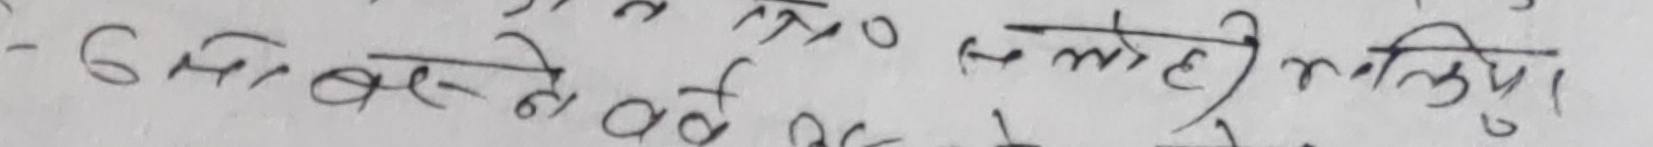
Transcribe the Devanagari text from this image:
- ६ मा बस्ने वर्ष १० सलोही नलिया ।